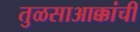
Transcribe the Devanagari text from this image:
तुळसाआक्कांची